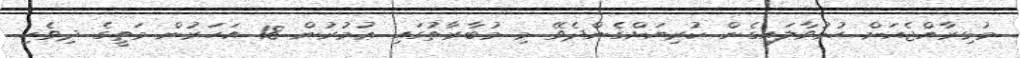
މުޅިރާއްޖެއަށް ހުޅުވާލައިގެން ކުރިޔަށްގެންދެވޭ މި މުބާރާތުގައި ޢުމުރުން 18 އަހަރުން މަތީގެ ދިވެހި